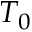
T _ { 0 }